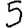
Digit: 5